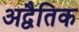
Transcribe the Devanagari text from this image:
अद्वैतिक